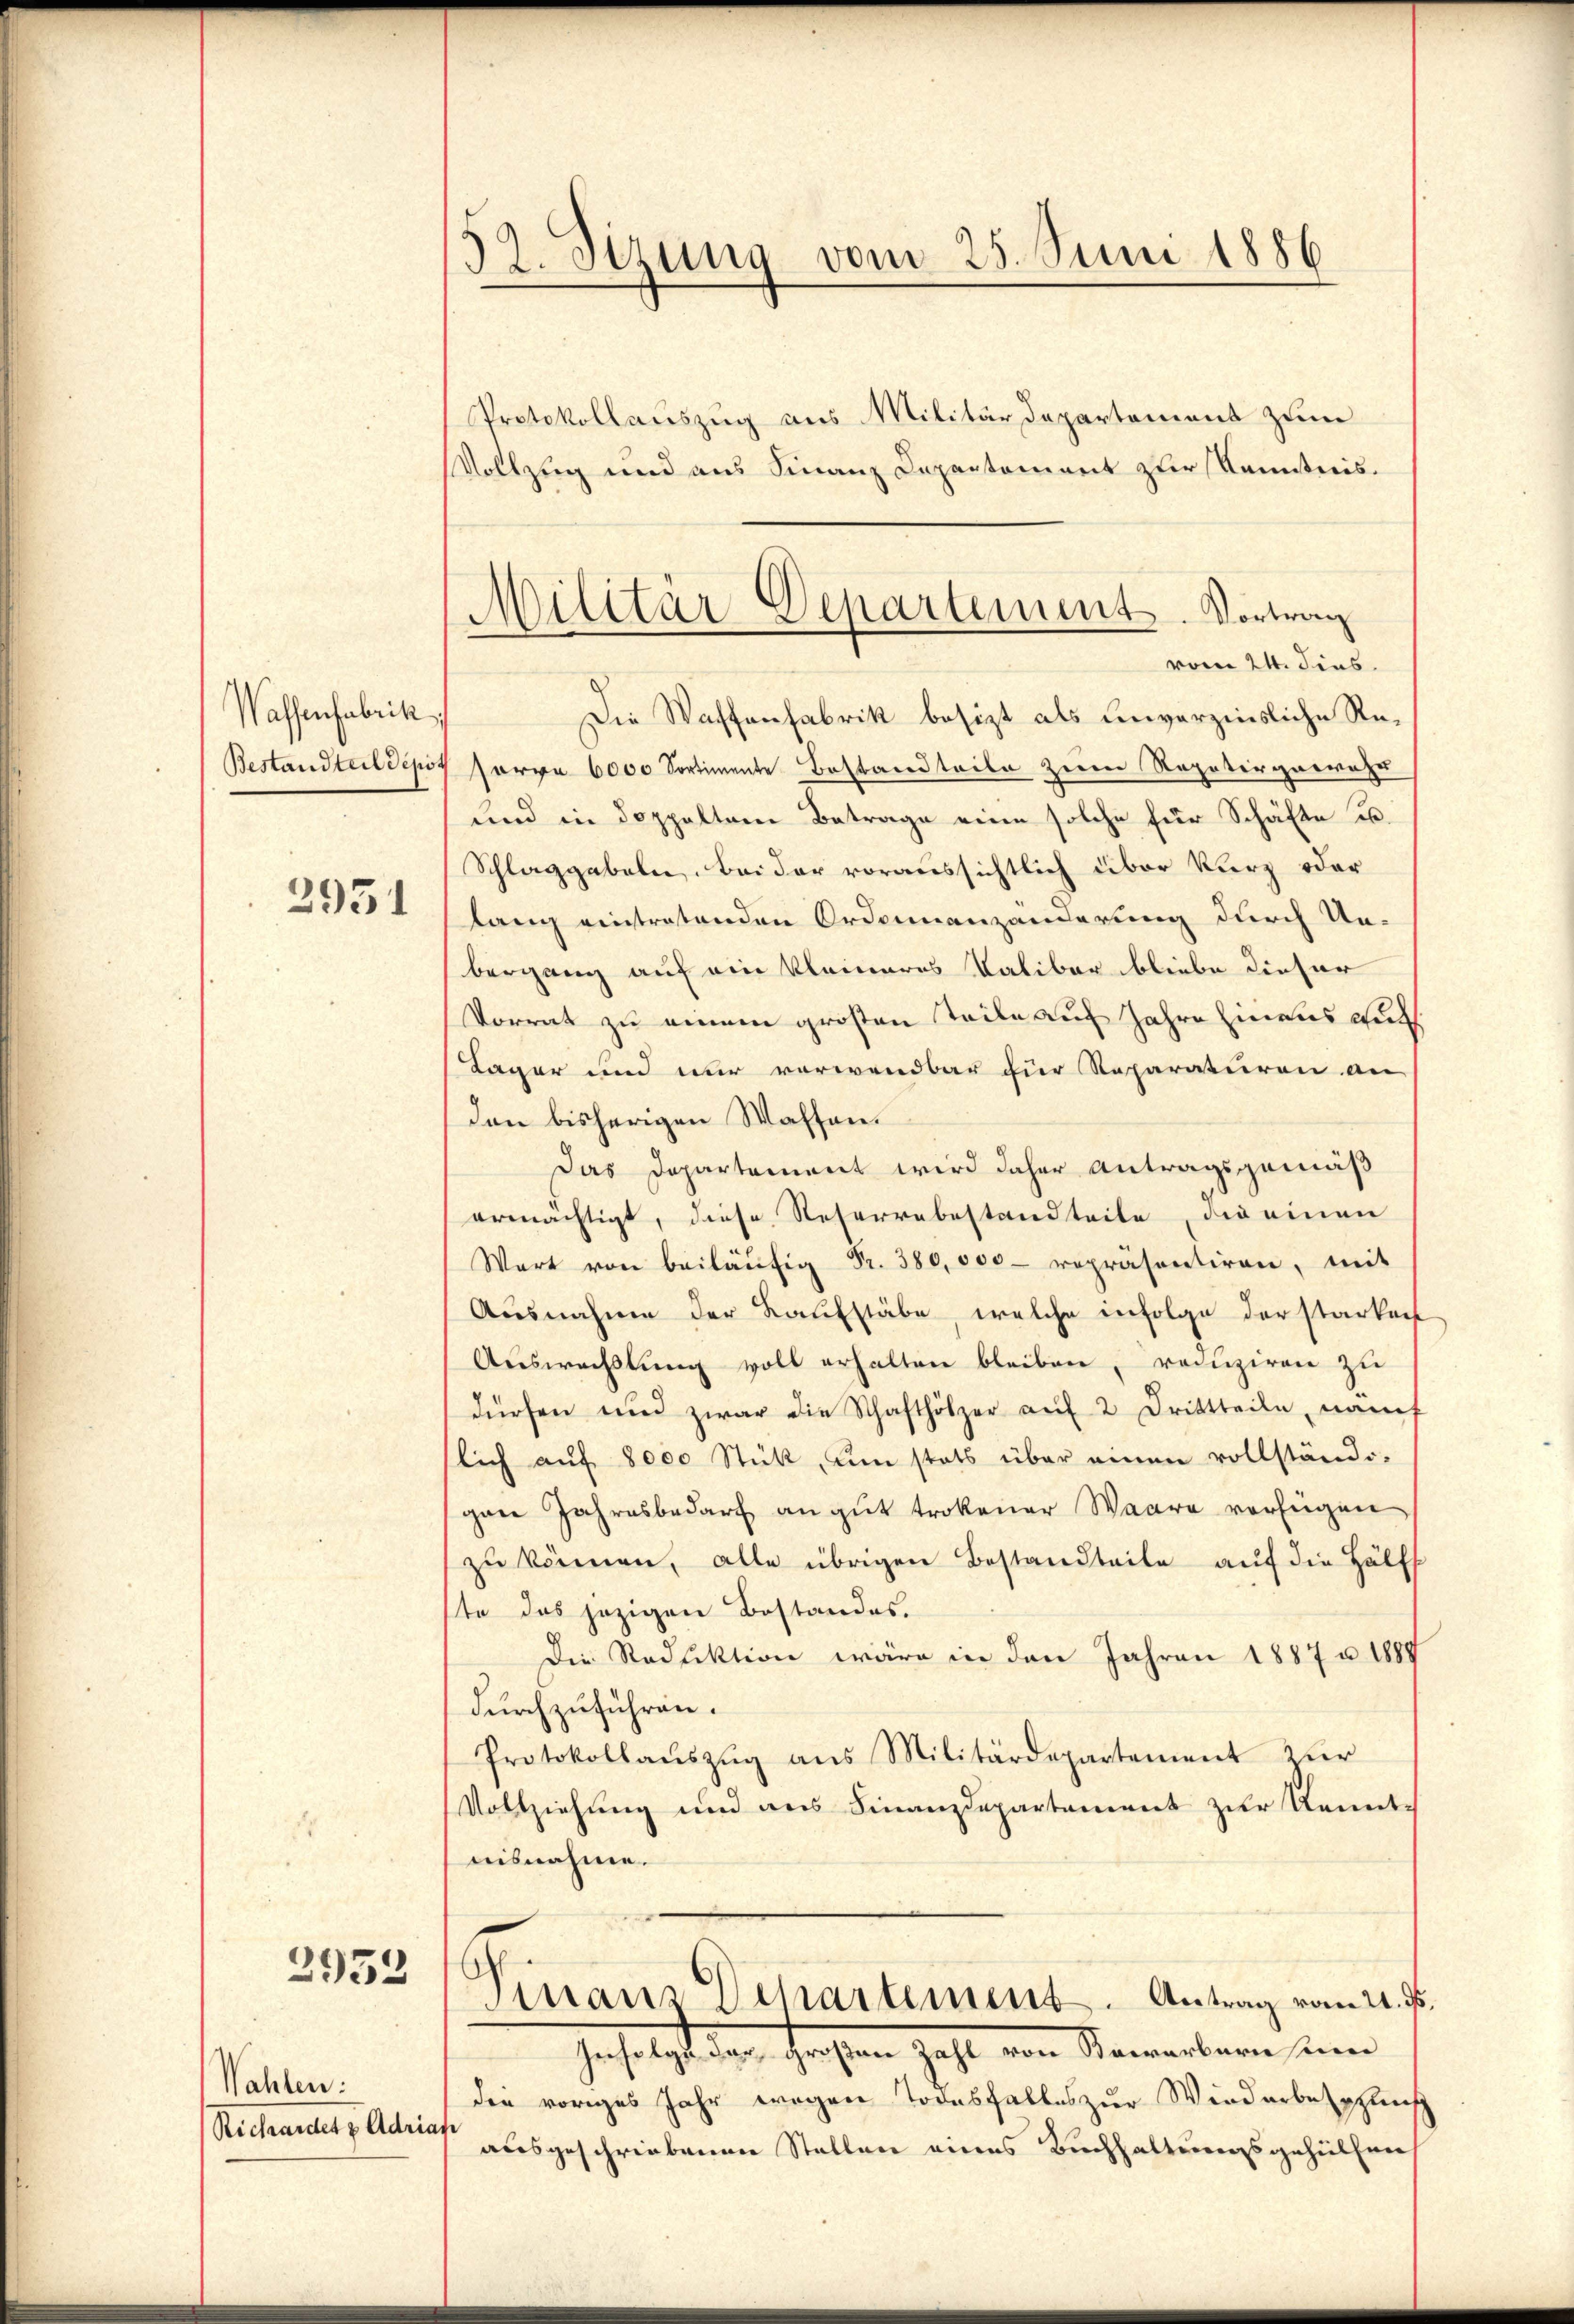
Wassenfabrik
Bestandteil depot

2951

2953

Wahlen:
Rechandes v. Adrian

52. Sizung vom 25. Juni 1886
Protokollauszug aus Militärdepartement zum

Militär-Departement. Vortrag
vom 24. dies

Vollzug und aus Finanz Departement zur Kenntnis¬
Die Waffenfabrik besizt als unverzinsliche Resorre 6000 Sortimente Bestandteile zerrn Repatergerwahr
und in doppelten Betrage eine solche für Schäfte u.
Schlaggebeln, bei der voraussichtlich über kurz oder
lang eintretenden Ordonnanzänderung durch Unbergang auf ein kleineres Kalibar bliebe dieser
Vorrat zu einem großen Teile auf Jahre hinaus auch
Lager und nur verwendbar für Reparaturen an
den bisherigen Waffen¬
Das Departement wird daher Antragsgemäß
ermächtigt, diese Reserrabestandteile, die einen
Wart von beiläŭfig Fr. 380,000 - repräsentiren, mit
Ausnahme der Kaufstäbe, welche infolge der starkeit
Auswechslung voll erhalten bleiben, reduziren zu
dürfen und zwar die Schafthölzer aŭf 2 Drittteile, namh
lich auf 8000 Stück, um stats über einen vollständi-
gen Jahresbedarf an gut trokener Waare verfügen
zŭ können, alle übrigen Bestandteile aŭf die Hälft
ste das jezigen Bestandes.
Die Reduktion wäre in den Jahren 1887 u. 1889
durchzuführen.
Protokollauszug aus Militärdepartement zur
Vollziehung und aus Finanzdepartement zur Kenntnisnahme.
Sinaus Departement. Antrag vom 21. ds.
Infolgt das Grossen Zahl von Somerbern eine
den voriges Jahr wegen Todesfalles zur Wiederbeschleif
fe
ausgeschriebenen Stellen eines Buchhaltungsgehülfen,